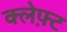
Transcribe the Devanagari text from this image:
क्लेफ़्ट